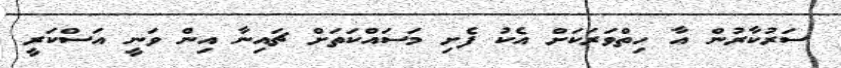
ސަރުކާރުން އާ ހިތްވަރަކަށް އެކު ފެށި މަސައްކަތަށް ޗައިނާ އިން ވަނީ އަސްކަރީ